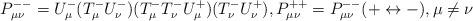
LaTeX: \begin{align*}P^{--}_{\mu\nu}=U^-_\mu (T^-_\mu U^-_\nu)(T^-_\mu T^-_\nu U^+_\mu)(T^-_\nu U^+_\nu), P^{++}_{\mu\nu}=P^{--}_{\mu\nu}(+\leftrightarrow -), \mu\neq\nu\end{align*}